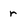
Character: r